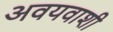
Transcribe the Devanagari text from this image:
अवयवाशी